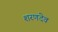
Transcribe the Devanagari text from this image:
शरणदेव